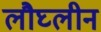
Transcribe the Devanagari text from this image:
लौघ्लीन